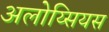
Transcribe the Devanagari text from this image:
अलोय्सियस